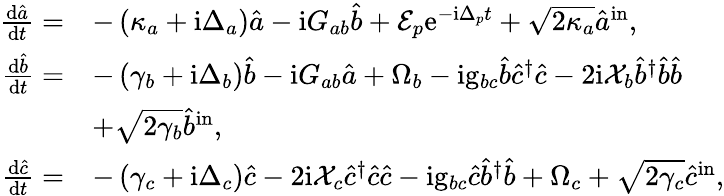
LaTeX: \begin{array}{rl}{\frac{\mathrm{d}\hat{a}}{\mathrm{d}t}=}&{-\left(\kappa_{a}+\mathrm{i}\Delta_{a}\right)\hat{a}-\mathrm{i}G_{ab}\hat{b}+\mathcal{E}_{p}\mathrm{e}^{-\mathrm{i}\Delta_{p}t}+\sqrt{2\kappa_{a}}\hat{a}^{\mathrm{in}},}\\ {\frac{\mathrm{d}\hat{b}}{\mathrm{d}t}=}&{-\left(\gamma_{b}+\mathrm{i}\Delta_{b}\right)\hat{b}-\mathrm{i}G_{ab}\hat{a}+\Omega_{b}-\mathrm{i}\mathrm{g}_{bc}\hat{b}\hat{c}^{\dagger}\hat{c}-2\mathrm{i}\mathcal{X}_{b}\hat{b}^{\dagger}\hat{b}\hat{b}}\\ &{+\sqrt{2\gamma_{b}}\hat{b}^{\mathrm{in}},}\\ {\frac{\mathrm{d}\hat{c}}{\mathrm{d}t}=}&{-\left(\gamma_{c}+\mathrm{i}\Delta_{c}\right)\hat{c}-2\mathrm{i}\mathcal{X}_{c}\hat{c}^{\dagger}\hat{c}\hat{c}-\mathrm{i}\mathrm{g}_{bc}\hat{c}\hat{b}^{\dagger}\hat{b}+\Omega_{c}+\sqrt{2\gamma_{c}}\hat{c}^{\mathrm{in}},}\end{array}